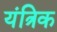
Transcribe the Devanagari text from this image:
यंत्रिक